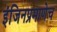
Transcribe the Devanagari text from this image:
इंजिनप्रमाणेच